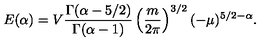
E ( \alpha ) = V \frac { \Gamma ( \alpha - 5 / 2 ) } { \Gamma ( \alpha - 1 ) } \left( \frac { m } { 2 \pi } \right) ^ { 3 / 2 } ( - \mu ) ^ { 5 / 2 - \alpha } .